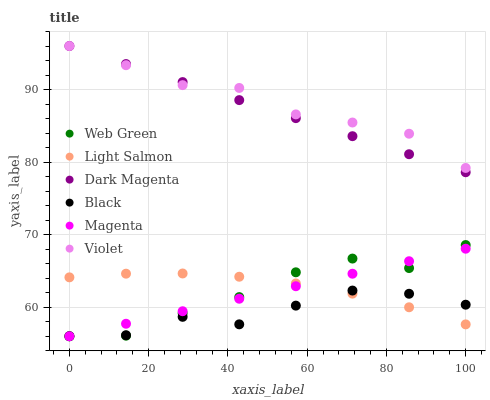
| xaxis_label | Web Green | Light Salmon | Dark Magenta | Black | Magenta | Violet |
 | --- | --- | --- | --- | --- | --- | --- |
 | 0 | 56 | 64.1 | 96 | 56 | 56 | 96 |
 | 14.3 | 56.1 | 64.6 | 93.5 | 56.1 | 57.7 | 93.4 |
 | 28.6 | 59.2 | 64.7 | 91 | 58.7 | 59.4 | 90.6 |
 | 42.9 | 61.4 | 64.2 | 88.5 | 57.6 | 61.2 | 90.2 |
 | 57.1 | 64.8 | 63.3 | 86.1 | 60.2 | 62.9 | 86.6 |
 | 71.4 | 66.7 | 61.9 | 83.6 | 62.3 | 64.6 | 85.5 |
 | 85.7 | 65.4 | 60 | 81.1 | 61.9 | 66.3 | 83.9 |
 | 100 | 68.6 | 57.6 | 78.6 | 60.3 | 68.1 | 79.2 |